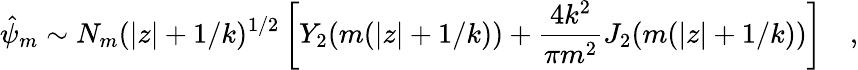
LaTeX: \hat{\psi}_{m}\sim N_{m}(|z|+1/k)^{1/2}\left[Y_{2}(m(|z|+1/k))+{\frac{4k^{2}}{\pi m^{2}}}J_{2}(m(|z|+1/k))\right]\quad,